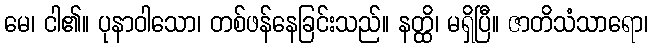
မေ၊ ငါ၏။ ပုနာဝါသော၊ တစ်ဖန်နေခြင်းသည်။ နတ္ထိ၊ မရှိပြီ။ ဇာတိသံသာရော၊